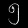
Digit: ၅